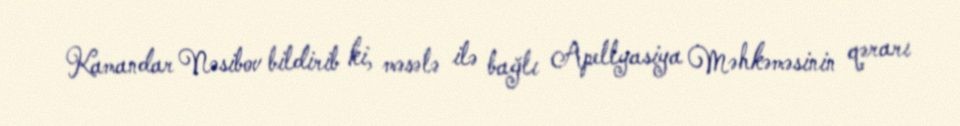
Kamandar Nəsibov bildirib ki, məsələ ilə bağlı Apellyasiya Məhkəməsinin qərarı